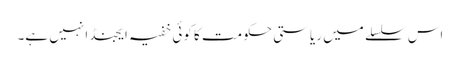
اس سلسلے میں ریاستی حکومت کا کوئی خفیہ ایجنڈا نہیں ہے۔